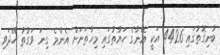
ބުނިގޮތުގައި 4426 އަކީ އޭނާގެ ހަޔާތުގައި މިހާތަނަށް އެންމެ ގިނަ ވަގުތު ހޭދަވި